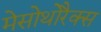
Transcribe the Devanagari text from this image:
मेसोथोरैक्स